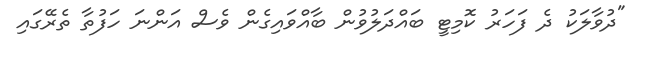
"ދުވާލަކު ދެ ފަހަރު ކޮމިޓީ ބައްދަލުވުން ބާއްވައިގެން ވެސް އަންނަ ހަފުތާ ތެރޭގައި